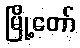
မြို့တော်